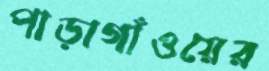
পাড়াগাঁওয়ের